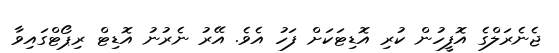
ޖެނެރަލްގެ އޮފީހުން ކުރި އޮޑިޓަކަށް ފަހު އެވެ. އޭރު ނެރުނު އޮޑިޓް ރިޕޯޓްގައިވާ